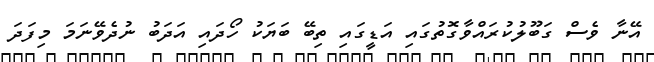
އޭނާ ވެސް ގަބޫލުކުރައްވާގޮތުގައި އަޑީގައި ތިބޭ ބަޔަކު ހޯދައި އަދަބު ނުދެވޭނަމަ މިފަދަ